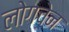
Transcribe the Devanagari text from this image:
लोगचेन